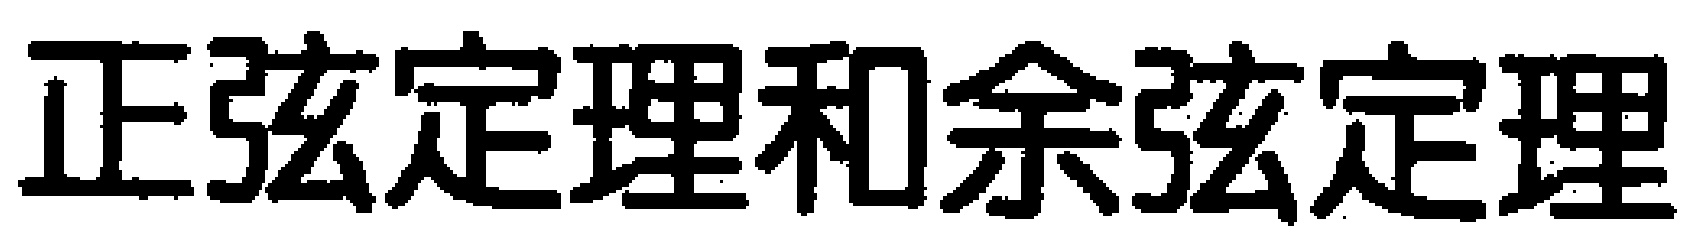
正弦定理和余弦定理